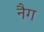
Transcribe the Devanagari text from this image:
नैग